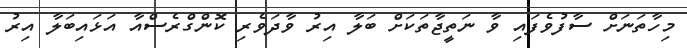
މިހާތަނަށް ސާފުވެފައި ވާ ނަތީޖާތަކަށް ބަލާ އިރު ވާދަވެރި ކޮންގްރެސްއާ އަޅައިބަލާ އިރު